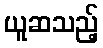
ယူဆသည့်